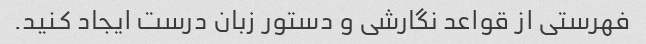
فهرستی از قواعد نگارشی و دستور زبان درست ایجاد کنید.